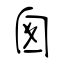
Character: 囪